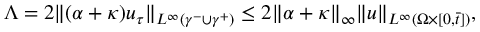
\Lambda = 2 \| ( \alpha + \kappa ) u _ { \tau } \| _ { L ^ { \infty } ( \gamma ^ { - } \cup \gamma ^ { + } ) } \leq 2 \| \alpha + \kappa \| _ { \infty } \| u \| _ { L ^ { \infty } ( \Omega \times [ 0 , \bar { t } ] ) } ,